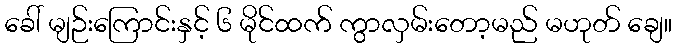
ခေါ် မျဉ်းကြောင်းနှင့် ၆ မိုင်ထက် ကွာလှမ်းတော့မည် မဟုတ် ချေ။